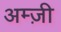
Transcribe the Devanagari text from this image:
अम्ज़ी